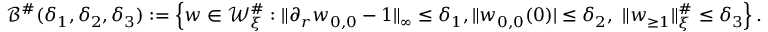
\begin{array} { r } { \mathcal { B } ^ { \# } ( \delta _ { 1 } , \delta _ { 2 } , \delta _ { 3 } ) : = \left\{ w \in \mathcal { W } _ { \xi } ^ { \# } : \| \partial _ { r } w _ { 0 , 0 } - 1 \| _ { \infty } \leq \delta _ { 1 } , \| w _ { 0 , 0 } ( 0 ) | \leq \delta _ { 2 } , \ \| w _ { \geq 1 } \| _ { \xi } ^ { \# } \leq \delta _ { 3 } \right\} . } \end{array}